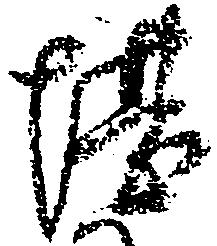
堪